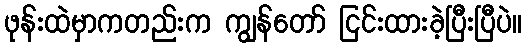
ဖုန်းထဲမှာကတည်းက ကျွန်တော် ငြင်းထားခဲ့ပြီးပြီပဲ။